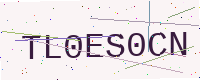
Text: TL0ES0CN